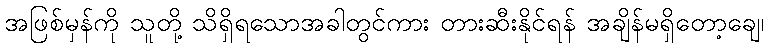
အဖြစ်မှန်ကို သူတို့ သိရှိရသောအခါတွင်ကား တားဆီးနိုင်ရန် အချိန်မရှိတော့ချေ၊